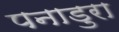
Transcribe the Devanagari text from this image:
पनाडुरा